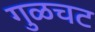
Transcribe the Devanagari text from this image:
गुळचट